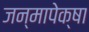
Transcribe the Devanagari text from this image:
जन्मापेक्षा